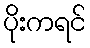
ပိုးကရင်